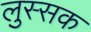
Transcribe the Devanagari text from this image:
लुस्सक